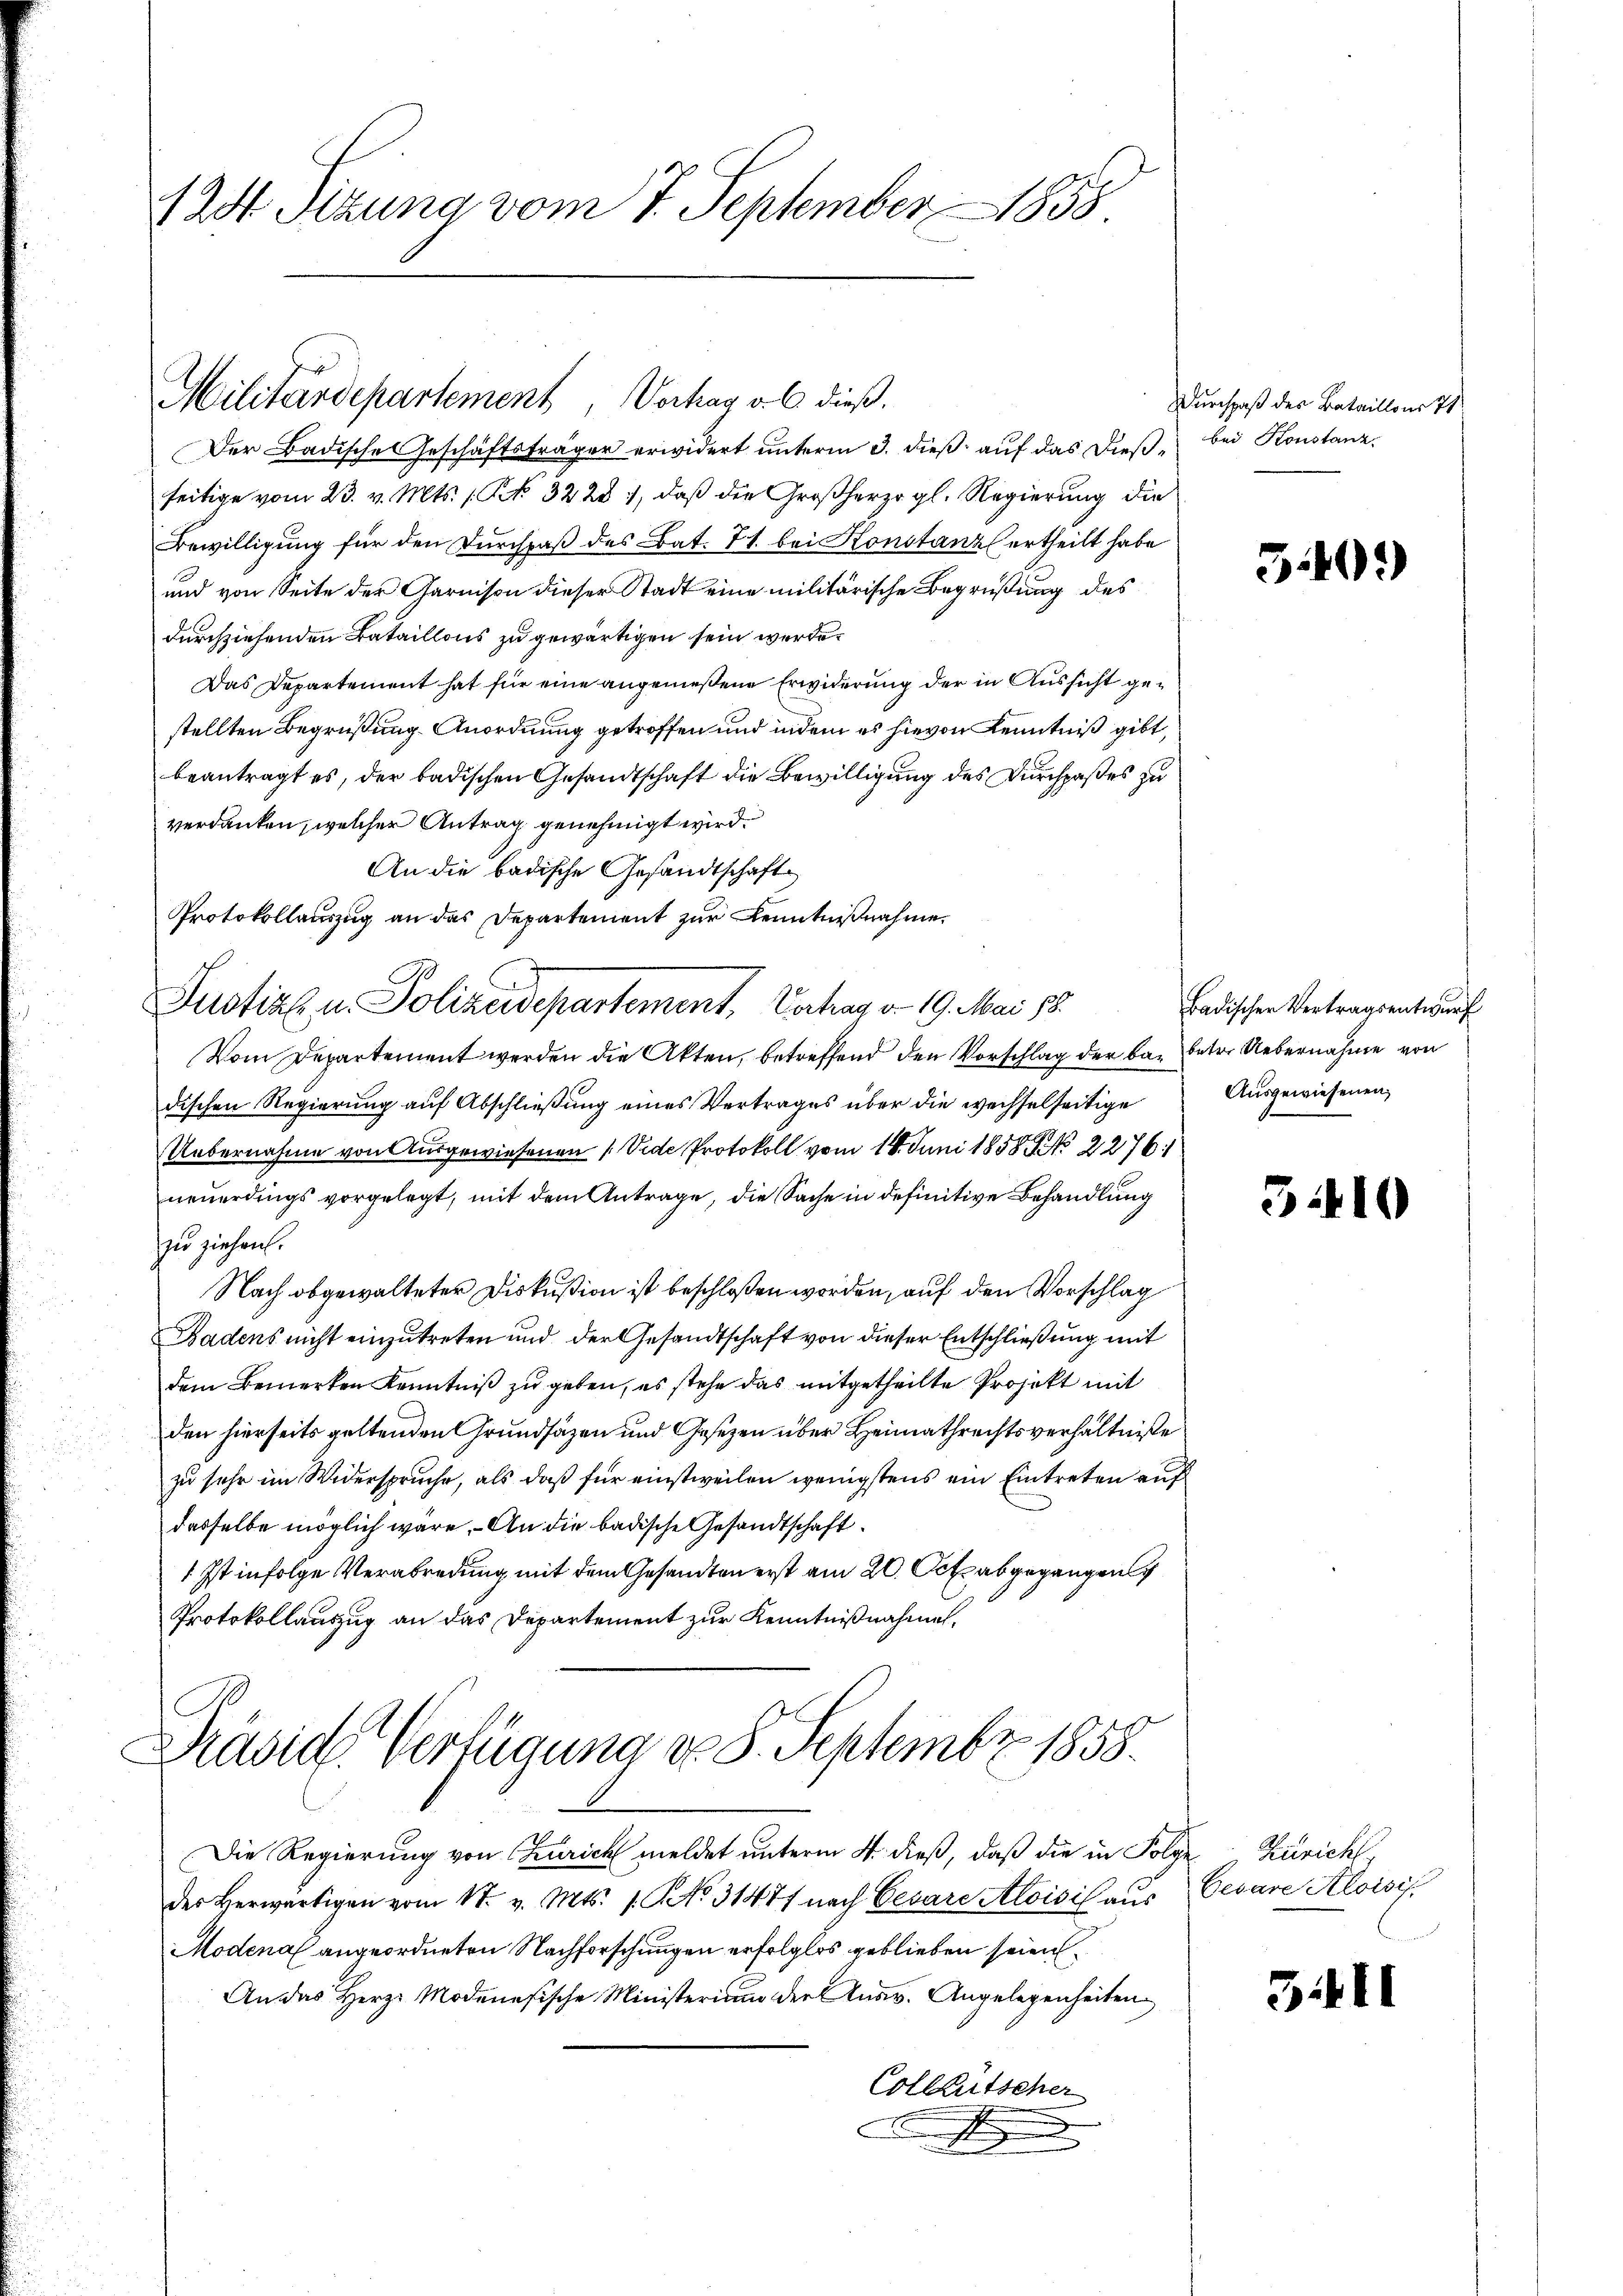
124. Setzung vom 7. September 1858.

Militärdepartement, Verhag ob dieß.

Der Badische Geschäftsträger erwidert unterm 3. dieß auf das dieß, bei Konstanz,
seitige vom 23. v. Mts. 1 Rt. 3228 1, daß die Großherzogl. Regierung die
Bewilligung für den Durchpaß des Bat. 71. bei Konstanz ertheilt habe
und von Seite der Garnison dieser Stadt eine militärische Begrüßung des
durchziehenden Bataillons zu gewärtigen sein werde.
Das Departement hat für eine angemeßene Erwiderung der in Aussicht gestellten Begrüßung Anordnung getroffen und indem es hievon Kenntniß gibt,
beantragt es, der badischen Gesandtschaft die Bewilligung des Durchpaßes zu
verdanken, welcher Antrag genehmigt wird.
An die badische Gesandtschaft
Protokollauszug an das Departement zur Kenntnißnahme,
Vom Departement werden die Akten, betreffend den Vorschlag der bar betr. Uebernahme von
dischen Regierung auf Abschließung eines Vertrages über die wechselseitige
Uebernahme von Ausgewiesenen (Vide Protokoll vom 14. Juni 1858 NNo. 2276.
neuerdings vorgelegt, mit dem Antrage, die Sache in definitive Behandlung
zu ziehen.
Nach obgewalteter Diskußion ist beschloßen worden, auf den Vorschlag
Badens nicht einzutreten und der Gesandtschaft von dieser Entschließung mit
dem Bemerken Kenntniß zu geben, es stehe das mitgetheilte Projekt mit
den hierseits geltenden Grundsäzen und Gesezen über Heimathrechtsverhältniße
zu sehr im Widerspruche, als daß für einstweilen wenigstens ein Eintreten auf
dasselbe möglich wäre. - An die badische Gesandtschaft
1 Ist infolge Verabredung mit dem Gesandten erst am 20. Oct abgegangen
Protokollauszug an das Departement zur Kenntnißnahmen,

Justine u. Polizeidepartement, Vorhan v. 19. Mai 18

Präsid. Verfügung d. 8. Septembr 1858.

Die Regierung von Curich meldet unterm 4. dieß, daß die in Folge Zürich
der Herwärtigen vom 17. v. Mts. 1. No. 31477 nach Cesare Aloisis aus
Modena angeordneten Nachforschungen erfolglos geblieben seien.
An das Herze Modenesische Ministerium der Ausw. Angelegenheiten
Collentscher

Durchpaß des Bataillons 71

340)

Badischer Vertragsentwurf
Ausgewiesenen,

3410

Gevare Aloisis

3411